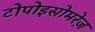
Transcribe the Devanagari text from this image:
टोपोइसोमरेज़